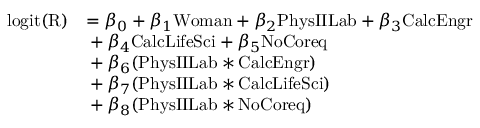
\begin{array} { r l } { \mathrm { l o g i t ( R ) } } & { = \beta _ { 0 } + \beta _ { 1 } \mathrm { W o m a n } + \beta _ { 2 } \mathrm { P h y s I I L a b } + \beta _ { 3 } \mathrm { C a l c E n g r } } \\ & { \indent + \beta _ { 4 } \mathrm { C a l c L i f e S c i } + \beta _ { 5 } \mathrm { N o C o r e q } } \\ & { \indent + \beta _ { 6 } ( \mathrm { P h y s I I L a b } \ast \mathrm { C a l c E n g r } ) } \\ & { \indent + \beta _ { 7 } ( \mathrm { P h y s I I L a b } \ast \mathrm { C a l c L i f e S c i } ) } \\ & { \indent + \beta _ { 8 } ( \mathrm { P h y s I I L a b } \ast \mathrm { N o C o r e q } ) } \end{array}